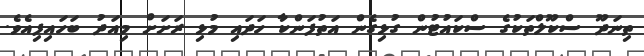
ތިނަދޫ ސްކޫލްތަކުގެ ސްކައުޓުން ގުޅިގެން އަތުފަންކާ ހަދައި މުޅި ރަށަށް މިއަދު ބަހައިފިއެވެ.